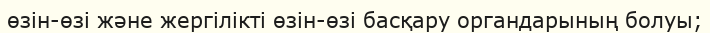
өзін-өзі және жергілікті өзін-өзі басқару органдарының болуы;